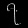
Digit: ၇